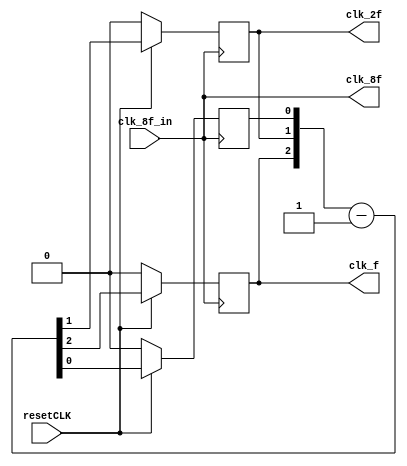
module clkgen (  
    output reg              clk_f,       //Cuatro seales de reloj, la fundamental es 8f Hz
    output reg              clk_2f,      //clk4f tiene una frecuencia de 4f Hz,
    output               clk_8f,
    input                   clk_8f_in,
    input                   resetCLK);      

    reg clk_4f;

assign clk_8f = clk_8f_in;
always @(posedge clk_8f_in) begin
    if (resetCLK == 0) begin
        clk_4f <= 0;
        clk_2f <= 0;
        clk_f <= 0;  
    
    end
    else begin
    {clk_f, clk_2f, clk_4f} <= {clk_f, clk_2f, clk_4f} - 1;
    end
end
/*
always @(posedge clk_8f_in) begin
    if (resetCLK == 0) begin
        clk_8f <= 1;
    end
    else begin
        clk_8f <= ~clk_8f;
    end  
end

always @(negedge clk_8f_in ) begin
    if (resetCLK == 0) begin
        clk_8f <= 1;
    end
    else begin
        clk_8f <= ~clk_8f;
    end    
end
*/
endmodule